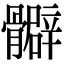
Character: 𩪧